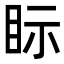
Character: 眎